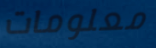
معلومات